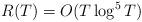
LaTeX: \begin{align*} R(T)=O(T\log^5T)\end{align*}